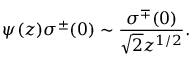
\psi ( z ) \sigma ^ { \pm } ( 0 ) \sim \frac { \sigma ^ { \mp } ( 0 ) } { \sqrt { 2 } z ^ { 1 / 2 } } .